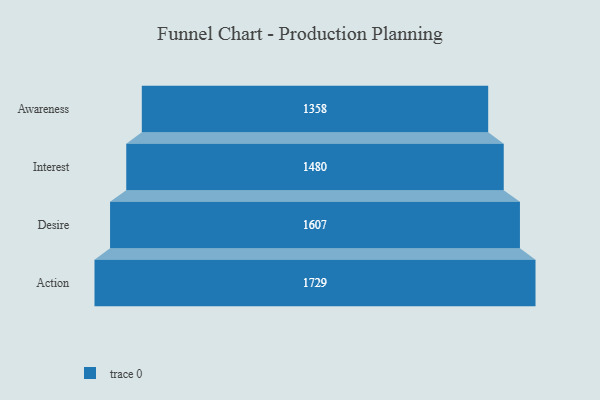
{"axis": {"x": "Stage", "y": "Value"}, "legend": [""], "data": [{"x": "Awareness", "y": 1358.0, "type": ""}, {"x": "Interest", "y": 1480.0, "type": ""}, {"x": "Desire", "y": 1607.0, "type": ""}, {"x": "Action", "y": 1729.0, "type": ""}]}